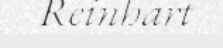
Reinhart